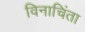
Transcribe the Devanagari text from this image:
विनाचिंता